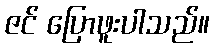
ဇင် ပြောဖူးပါသည်။